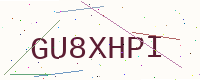
Text: GU8XHPI